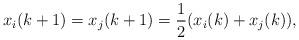
LaTeX: \begin{align*} x_i(k+1)=x_j(k+1)=\frac{1}{2}(x_i(k)+x_j(k)), \end{align*}